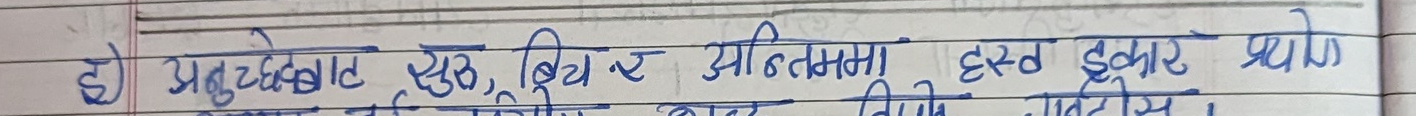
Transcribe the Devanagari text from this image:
हो अनुच्छेद, एवं बीच र अन्तिममा हस्त इकार प्रयोग